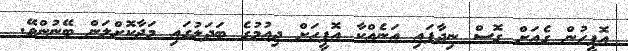
އޮފީހުން ގެއަށް ގޮސް ނިދާފައި އަނެއްކާ އޮފީހަށް ދިއުމުގެ ބަދަލުގައި މަޖާކޮށްލަން ބޭނުންވޭ.